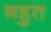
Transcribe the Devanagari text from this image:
भहुत